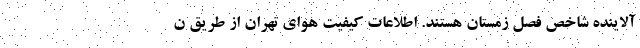
آلاینده شاخص فصل زمستان هستند. اطلاعات کیفیت هوای تهران از طریق ن